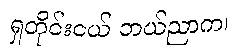
ရှတိုင်းငယ် ဘယ်ညာက၊